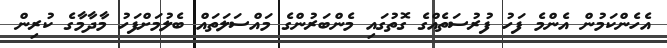
އެހެންކަމުން އެންމެ ފަހު ފުރުސަތެެއްގެ ގޮތުގައި މެންބަރުންގެ މައްސަލަތައް ބެލުމަށްފަހު މާދާމާގެ ކުރިން